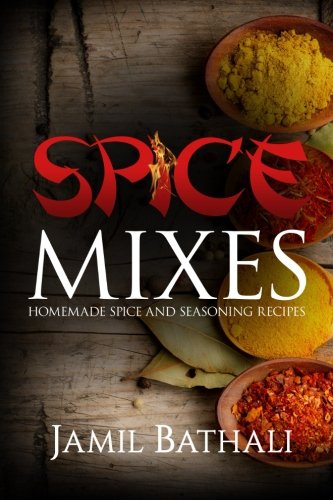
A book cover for Spice Mixes: Homemade Spice and Seasoning Recipes; Jamil Bathali; Cookbooks, Food & Wine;